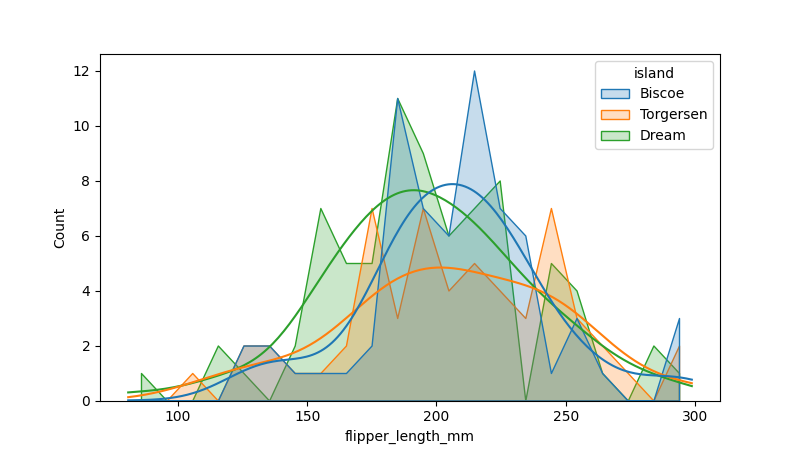
python, seaborn, histplot, hue='island', binwidth=10, bins='20', element='poly'